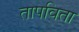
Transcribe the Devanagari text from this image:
तापविता